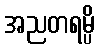
အညတရမ္ပိ